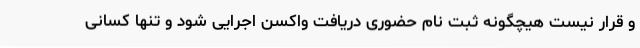
و قرار نیست هیچگونه ثبت نام حضوری دریافت واکسن اجرایی شود و تنها کسانی